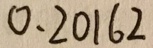
0 . 2 0 1 6 2